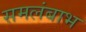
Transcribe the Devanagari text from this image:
समलंबाभ